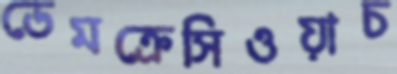
ডেমক্রেসিওয়াচ